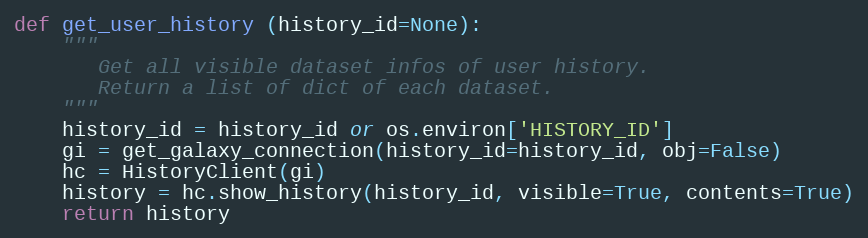
Language: Python
def get_user_history (history_id=None):
    """
       Get all visible dataset infos of user history.
       Return a list of dict of each dataset.
    """
    history_id = history_id or os.environ['HISTORY_ID']
    gi = get_galaxy_connection(history_id=history_id, obj=False)
    hc = HistoryClient(gi)
    history = hc.show_history(history_id, visible=True, contents=True)
    return history